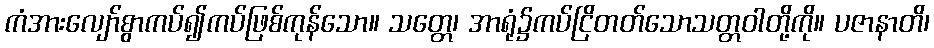
ကံအားလျော်စွာကပ်၍ကပ်ဖြစ်ကုန်သော။ သတ္တေ၊ အာရုံ၌ကပ်ငြိတတ်သောသတ္တဝါတို့ကို။ ပဇာနာတိ၊